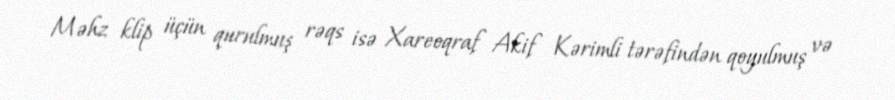
Məhz klip üçün qurulmuş rəqs isə Xareoqraf Akif Kərimli tərəfindən qoyulmuş və